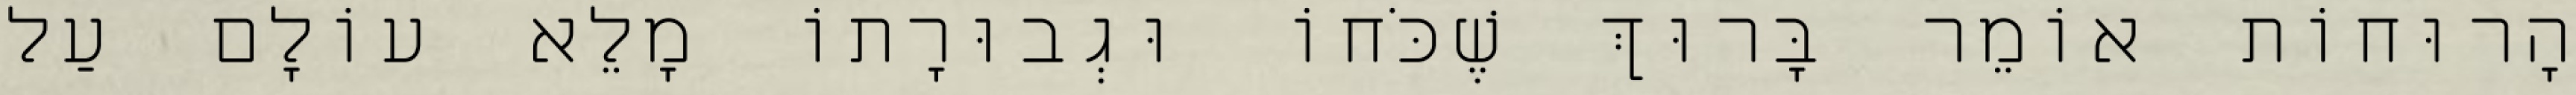
הָרוּחוֹת אוֹמֵר בָּרוּךְ שֶׁכֹּחוֹ וּגְבוּרָתוֹ מָלֵא עוֹלָם עַל